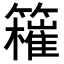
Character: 𥶮